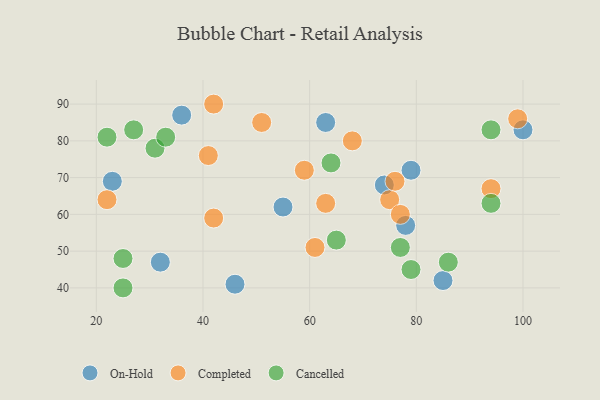
{"axis": {"x": "GDP", "y": "Life Expectancy"}, "legend": ["Cancelled", "Completed", "On-Hold"], "data": [{"x": "100", "y": 83, "type": "On-Hold"}, {"x": "78", "y": 57, "type": "On-Hold"}, {"x": "46", "y": 41, "type": "On-Hold"}, {"x": "23", "y": 69, "type": "On-Hold"}, {"x": "36", "y": 87, "type": "On-Hold"}, {"x": "79", "y": 72, "type": "On-Hold"}, {"x": "63", "y": 85, "type": "On-Hold"}, {"x": "55", "y": 62, "type": "On-Hold"}, {"x": "32", "y": 47, "type": "On-Hold"}, {"x": "74", "y": 68, "type": "On-Hold"}, {"x": "85", "y": 42, "type": "On-Hold"}, {"x": "63", "y": 63, "type": "Completed"}, {"x": "59", "y": 72, "type": "Completed"}, {"x": "94", "y": 67, "type": "Completed"}, {"x": "41", "y": 76, "type": "Completed"}, {"x": "99", "y": 86, "type": "Completed"}, {"x": "68", "y": 80, "type": "Completed"}, {"x": "51", "y": 85, "type": "Completed"}, {"x": "75", "y": 64, "type": "Completed"}, {"x": "42", "y": 59, "type": "Completed"}, {"x": "61", "y": 51, "type": "Completed"}, {"x": "77", "y": 60, "type": "Completed"}, {"x": "22", "y": 64, "type": "Completed"}, {"x": "76", "y": 69, "type": "Completed"}, {"x": "42", "y": 90, "type": "Completed"}, {"x": "27", "y": 83, "type": "Cancelled"}, {"x": "94", "y": 83, "type": "Cancelled"}, {"x": "94", "y": 63, "type": "Cancelled"}, {"x": "22", "y": 81, "type": "Cancelled"}, {"x": "31", "y": 78, "type": "Cancelled"}, {"x": "65", "y": 53, "type": "Cancelled"}, {"x": "25", "y": 40, "type": "Cancelled"}, {"x": "86", "y": 47, "type": "Cancelled"}, {"x": "33", "y": 81, "type": "Cancelled"}, {"x": "25", "y": 48, "type": "Cancelled"}, {"x": "79", "y": 45, "type": "Cancelled"}, {"x": "64", "y": 74, "type": "Cancelled"}, {"x": "77", "y": 51, "type": "Cancelled"}]}